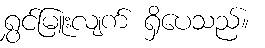
ရွှင်မြူးလျက် ရှိပေသည်။